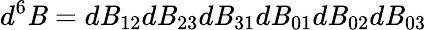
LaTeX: d^{6}\mathit{B}=d\mathit{B}_{12}d\mathit{B}_{23}d\mathit{B}_{31}d\mathit{B}_{01}d\mathit{B}_{02}d\mathit{B}_{03}